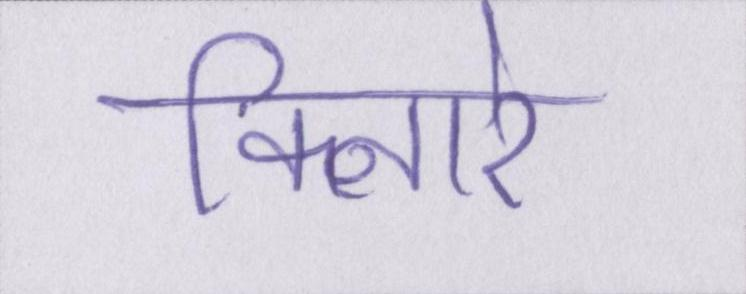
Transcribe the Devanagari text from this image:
किनारे